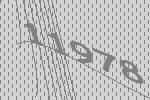
11978